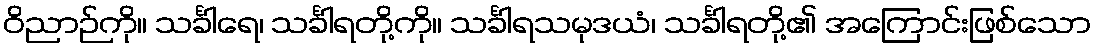
ဝိညာဉ်ကို။ သင်္ခါရေ၊ သင်္ခါရတို့ကို။ သင်္ခါရသမုဒယံ၊ သင်္ခါရတို့၏ အကြောင်းဖြစ်သော